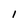
Character: 1